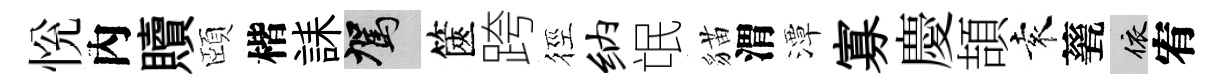
恱內贖頤楷誄駕篋跨徑纳氓貓渭潭寡慶頡袁甆依宥